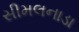
સીમલનાડા